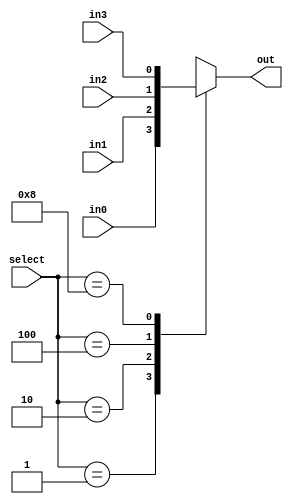
// adapted from textbook, page 157
module Mux4(in3, in2, in1, in0, select, out);
  parameter n = 1; // width

	input [n-1:0] in3, in2, in1, in0;
	input [3:0] select;
	output reg [n-1:0] out;

	// combinational always block for selecting input based on select
	always @(*) begin
		case (select)
			4'b0001: out = in0;
			4'b0010: out = in1;
			4'b0100: out = in2;
			4'b1000: out = in3;
			default: out = {n{1'bx}};
		endcase
	end
endmodule